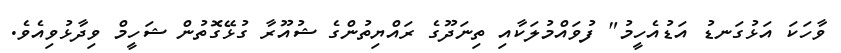
ވާހަކަ އަޅުގަނޑު އަޑުއެހީމު" ފުވައްމުލަކާއި ތިނަދޫގެ ރައްޔިތުންގެ ޝުއޫރާ ގުޅޭގޮތުން ޝަހީމް ވިދާޅުވިއެވެ.